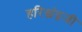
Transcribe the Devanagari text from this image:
हरिश्चंद्गजी